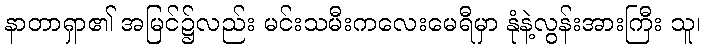
နာတာရှာ၏ အမြင်၌လည်း မင်းသမီးကလေးမေရီမှာ နုံနဲ့လွန်းအားကြီး သူ၊